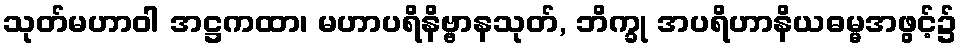
သုတ်မဟာဝါ အဋ္ဌကထာ၊ မဟာပရိနိဗ္ဗာနသုတ်, ဘိက္ခု အပရိဟာနိယဓမ္မအဖွင့်၌